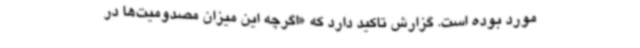
مورد بوده است. گزارش تاکید دارد که «اگرچه این میزان مصدومیت‌ها در